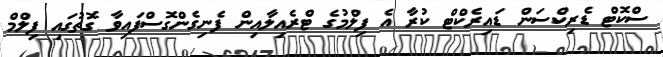
ސްކޮޓް ޑެރިކްސަން ޑައިރެކްޓް ކުރާ އެ ފިލްމުގެ ޓްރެއިލާއިން ފެނިގެންގޮސްފައިވާ ގޮތުގައި ފިލްމް